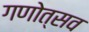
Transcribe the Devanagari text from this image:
गणोत्सव